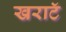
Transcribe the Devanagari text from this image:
खराटॅ